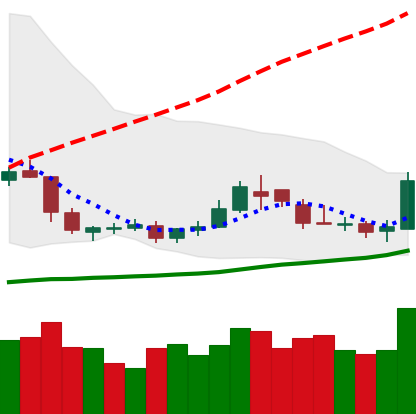
Ticker: DOGE-USD
Chart end date: 2019-05-11
Forward return: 15.033%
Label: up_7plus